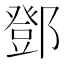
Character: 鄧